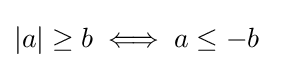
|a|\geq b\iff a\leq -b\